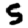
Digit: 5